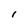
Character: I